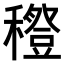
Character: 𥣎